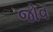
જોવ